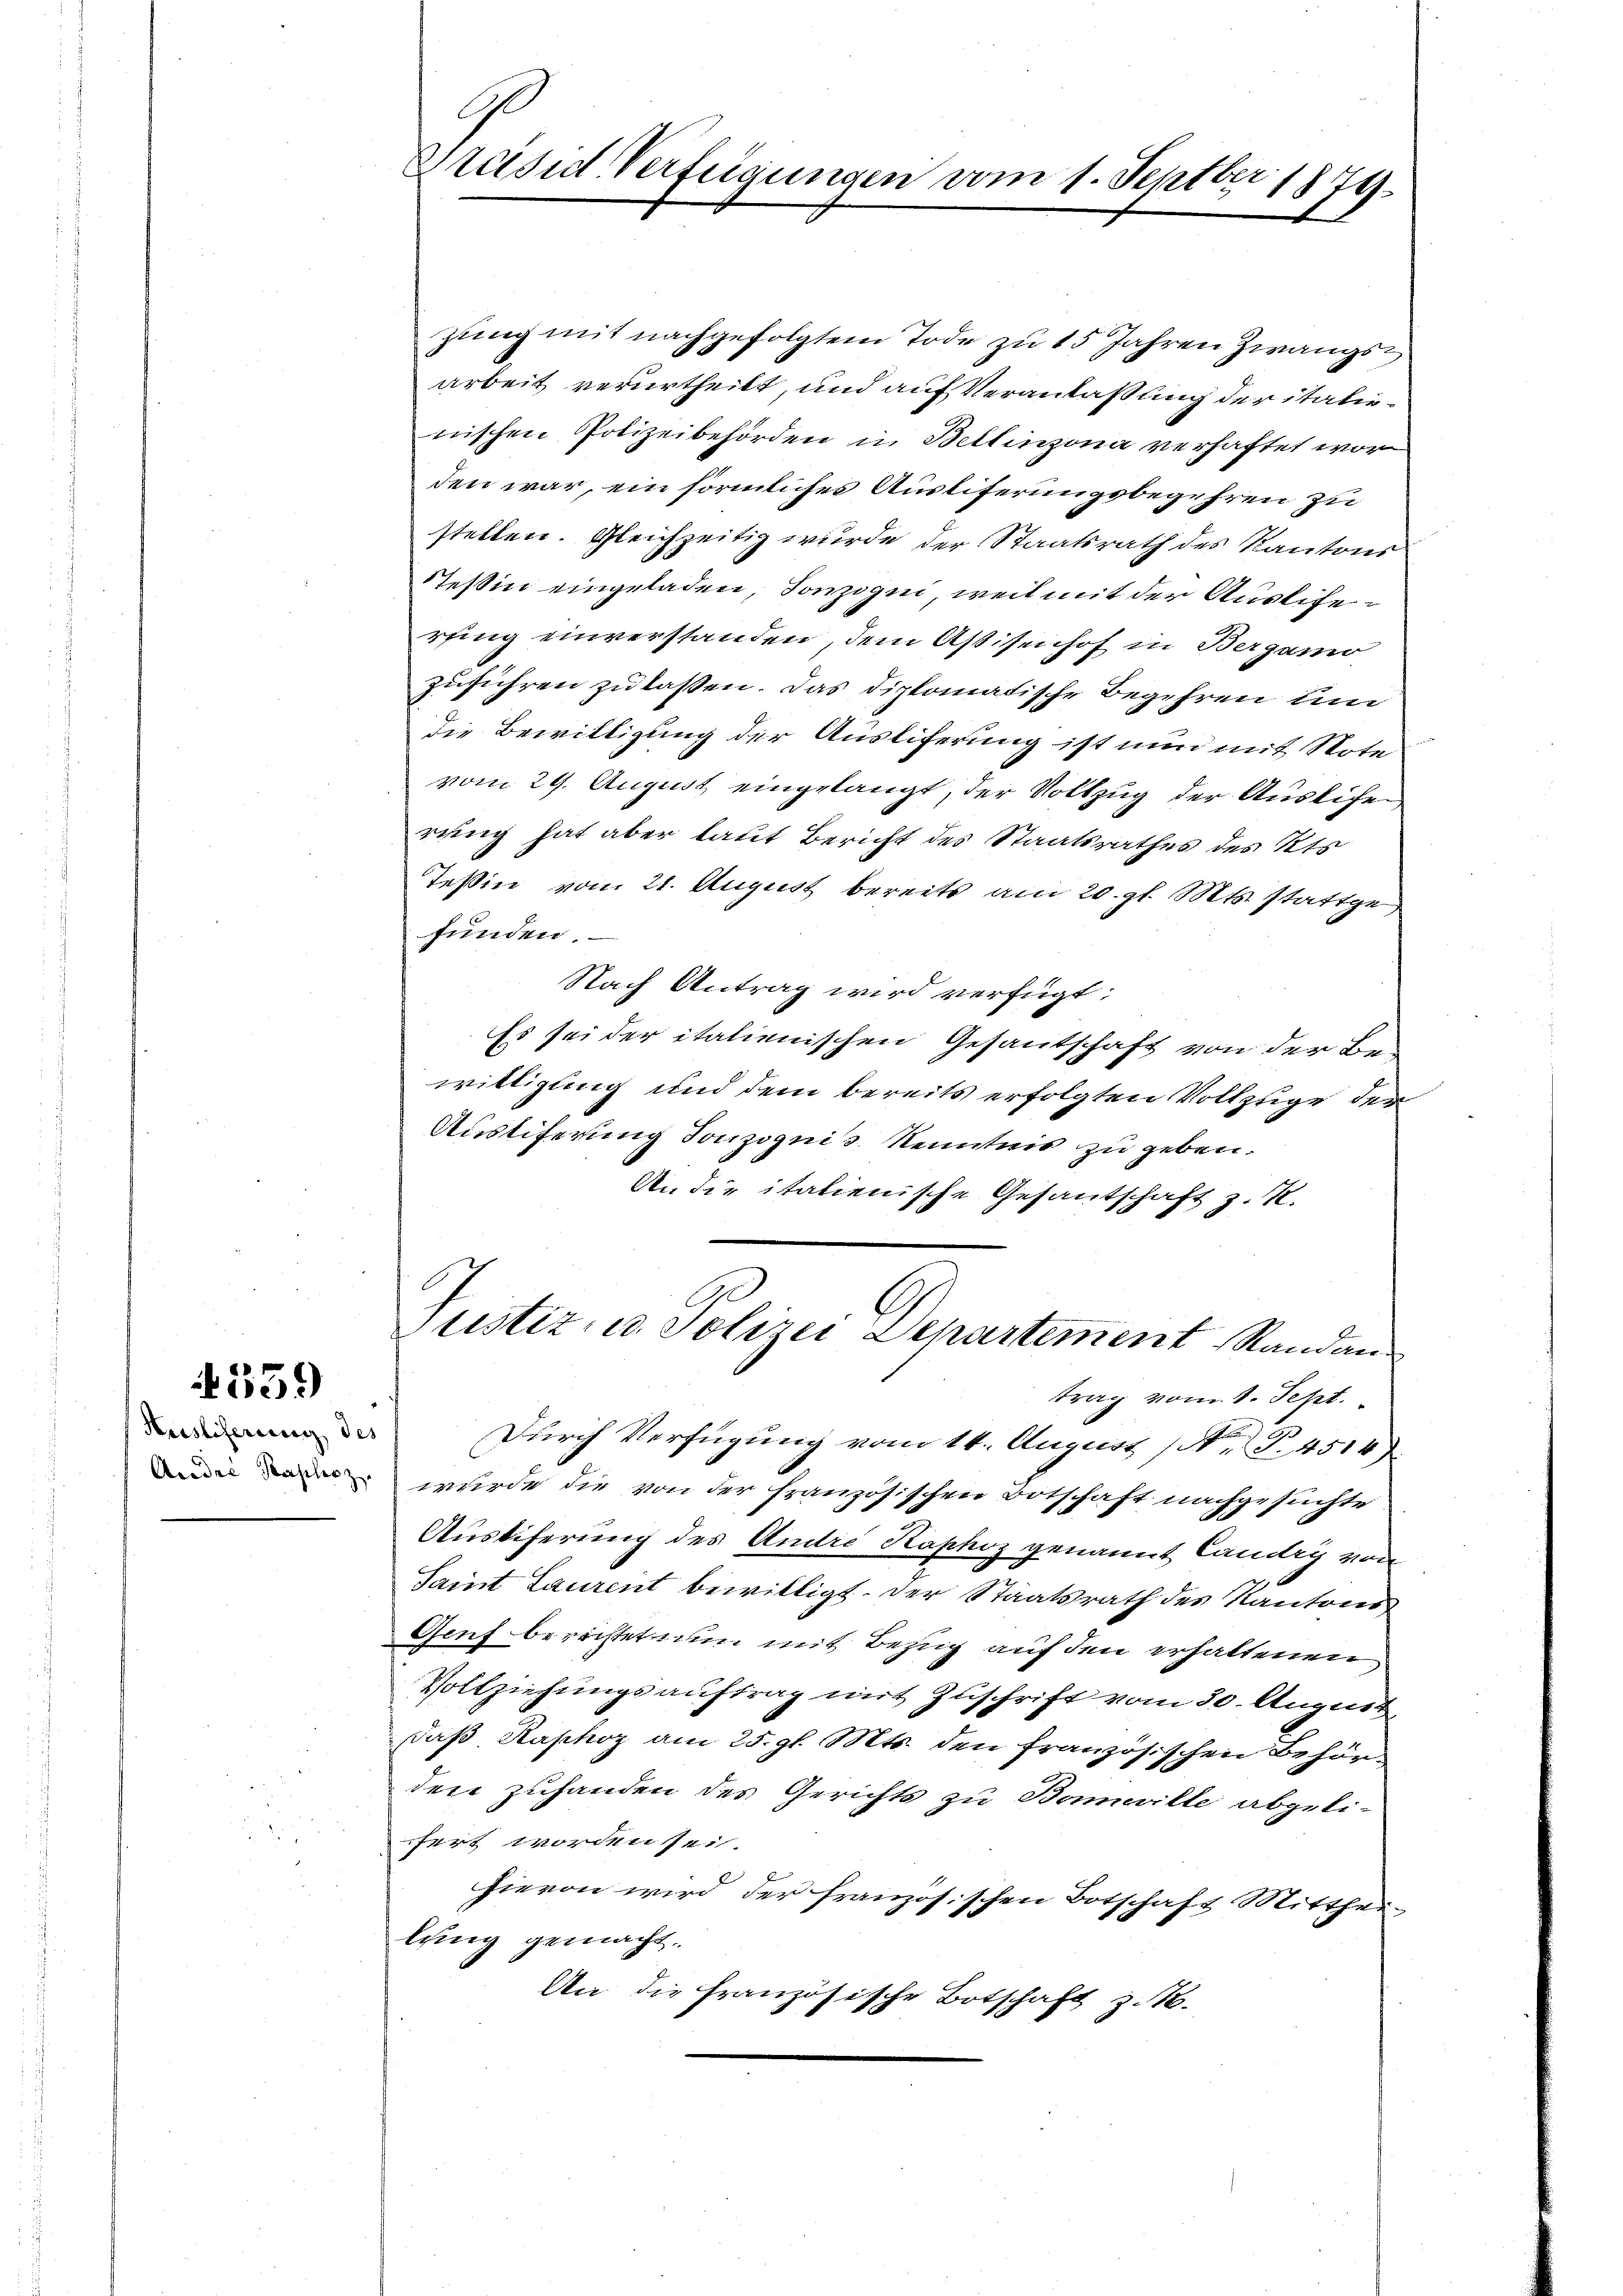
559

Huslieferung de
Andre Paplesz

zung mit nachgefolgtem Tode zu 15 Jahren Zwangsarbeit verurtheilt, und auf Veranlaßung der italienischen Polizeibehörden in Bellinzona verhaftet wor
den war, ein förmliches Ausliferungsbegehren zu
stellen. Gleichzeitig wurde der Staatsrath des Kantons
Steßin eingeladen Sonzogen, weil mit der Auslieferfing einverstanden, dem Aßisenhof in Bergann
zuführen zu lassen. Das diplomatische Begehren um
die Bewilligung der Ausliferung ist nun mit Note
vom 29. August eingelangt, der Vollzug der Auslife
rung hat aber laut Bericht des Staatsrathes des Kts.
Teßin vom 21. August bereits am 20. gl. Mts. stattge
funden.
Nach Antrag wird verfügt:
Es sei der italienischen Gesantschaft von der Be-
willigung und dem bereits erfolgten Vollzuge der
Austiferung Tonzognis. Kenntnis zu geben.
An die italienische Gesantschaft z. T.
Justiz- u. Polizei Departement Randan
trag vom 1. Sept.
Durch Verfügung vom 14. August 1. P. 4514)
wurde die von der französischen Botschaft nachgesuchte
Austiferung des Andre Kaphoz genannt Caudry von
Samt Laurent bewilligt. Der Staatsrath des Kantons¬
Genf berichtet nun mit Bezug auf den erhaltenen
Vollziehungsauftrag mit Zuschrift vom 30. August,
Daß Kaphoz am 25. gl. Mts. den französischen Behörden zuhanden des Gerichts zu Boneille abgeli-
fert worden sei.
hievon wird der französischen Botschaft Mitthei
lung gemacht.
An die Französische Botschaft z. B.

Präsid. Verfügungen vom 1. Septbr 1874.